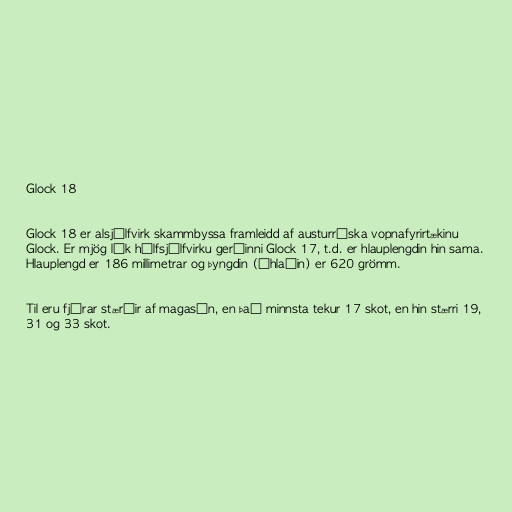
Glock 18

Glock 18 er alsjálfvirk skammbyssa framleidd af austurríska vopnafyrirtækinu
Glock. Er mjög lík hálfsjálfvirku gerðinni Glock 17, t.d. er hlauplengdin hin sama.
Hlauplengd er 186 millimetrar og þyngdin (óhlaðin) er 620 grömm.

Til eru fjórar stærðir af magasín, en það minnsta tekur 17 skot, en hin stærri 19,
31 og 33 skot.